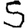
Digit: 5